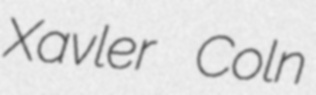
Xavler Coln